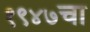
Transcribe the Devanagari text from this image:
१९४७चा